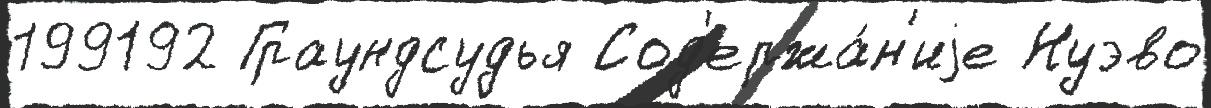
199192 Граундсудья Сод'ержа́н'иjе Нуэво